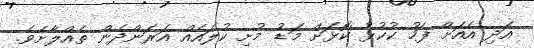
އަދި އެއަށް ފަހު ކުކުޅު ކޮޅަށް މަޑު މުށި ކުލައެއް އަރަންދެން ތެއްލާށެވެ.